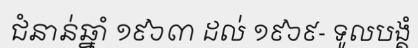
ជំនាន់ឆ្នាំ ១៩៦៣ ដល់ ១៩៦៩- ទូលបង្គំ